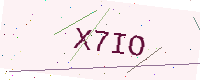
Text: X7IO